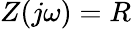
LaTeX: Z(j\omega)=R\,